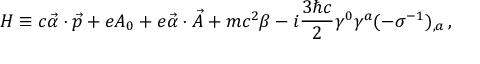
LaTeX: H \equiv c \vec { \alpha } \cdot \vec { p } + e A _ { 0 } + e \vec { \alpha } \cdot \vec { A } + m c ^ { 2 } \beta - i \frac { 3 \hbar c } { 2 } \gamma ^ { 0 } \gamma ^ { a } ( - \sigma ^ { - 1 } ) _ { , a } \, { , }